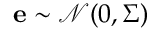
\mathbf { e } \sim \mathcal { N } ( 0 , \Sigma )